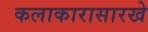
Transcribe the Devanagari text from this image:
कलाकारासारखे